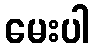
မေးပါ